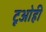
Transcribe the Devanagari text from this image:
टूओही